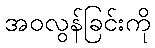
အဝလွန်ခြင်းကို